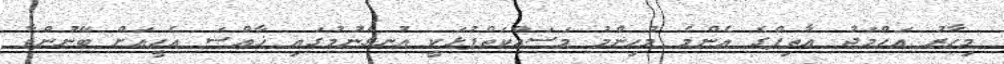
މިހާރު އަޙްމަދު ޢާޠިފްގެ އެންމެ މުހިންމު މަސައްކަތްޕުޅަކީ އުނގެނުމުގައި ޚާއްޞަ އެހީއަށް ބޭނުންވާ